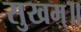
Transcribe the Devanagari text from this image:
सुखम्॥